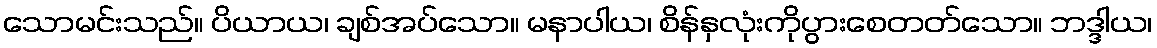
သောမင်းသည်။ ပိယာယ၊ ချစ်အပ်သော။ မနာပါယ၊ စိန်နှလုံးကိုပွားစေတတ်သော။ ဘဒ္ဒါယ၊